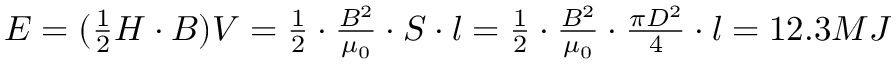
\begin{array} { r } { E = ( \frac { 1 } { 2 } H \cdot B ) V = \frac { 1 } { 2 } \cdot \frac { B ^ { 2 } } { \mu _ { 0 } } \cdot S \cdot l = \frac { 1 } { 2 } \cdot \frac { B ^ { 2 } } { \mu _ { 0 } } \cdot \frac { \pi D ^ { 2 } } { 4 } \cdot l = 1 2 . 3 M J } \end{array}